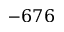
- 6 7 6